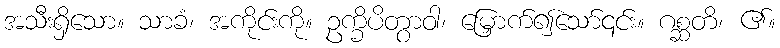
အသီးရှိသော။ သာခံ၊ အကိုင်းကို။ ဥက္ခိပိတွာဝါ၊ မြှောက်၍သော်၎င်း။ ဂစ္ဆတိ၊ ၏။